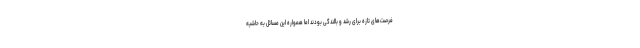
فرصت‌های تازه برای رشد و بالندگی بودند اما همواره این مسائل به حاشیه